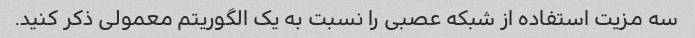
سه مزیت استفاده از شبکه عصبی را نسبت به یک الگوریتم معمولی ذکر کنید.